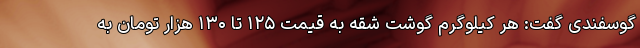
گوسفندی گفت: هر کیلوگرم گوشت شقه به قیمت ۱۲۵ تا ۱۳۰ هزار تومان به